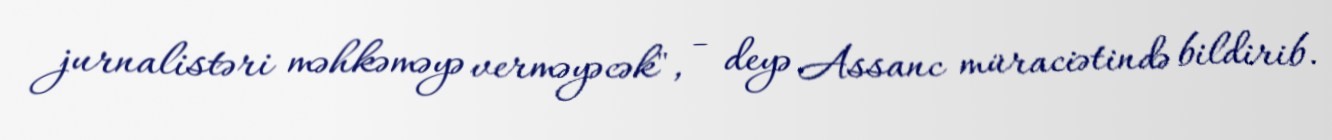
jurnalistəri məhkəməyə verməyəcək", - deyə Assanc müraciətində bildirib.